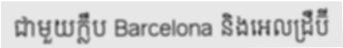
ជាមួយក្លឹប Barcelona និងអេលដ្រឺប៊ី